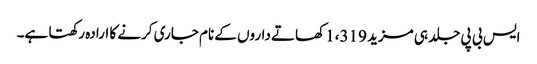
ایس بی پی جلد ہی مزید 1،319 کھاتے داروں کے نام جاری کرنے کا ارادہ رکھتا ہے۔